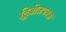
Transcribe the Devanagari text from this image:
द्विबीजपत्रक